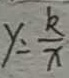
y = \frac { k } { x }